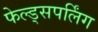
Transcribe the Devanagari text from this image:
फेल्ड्सपर्लिंग